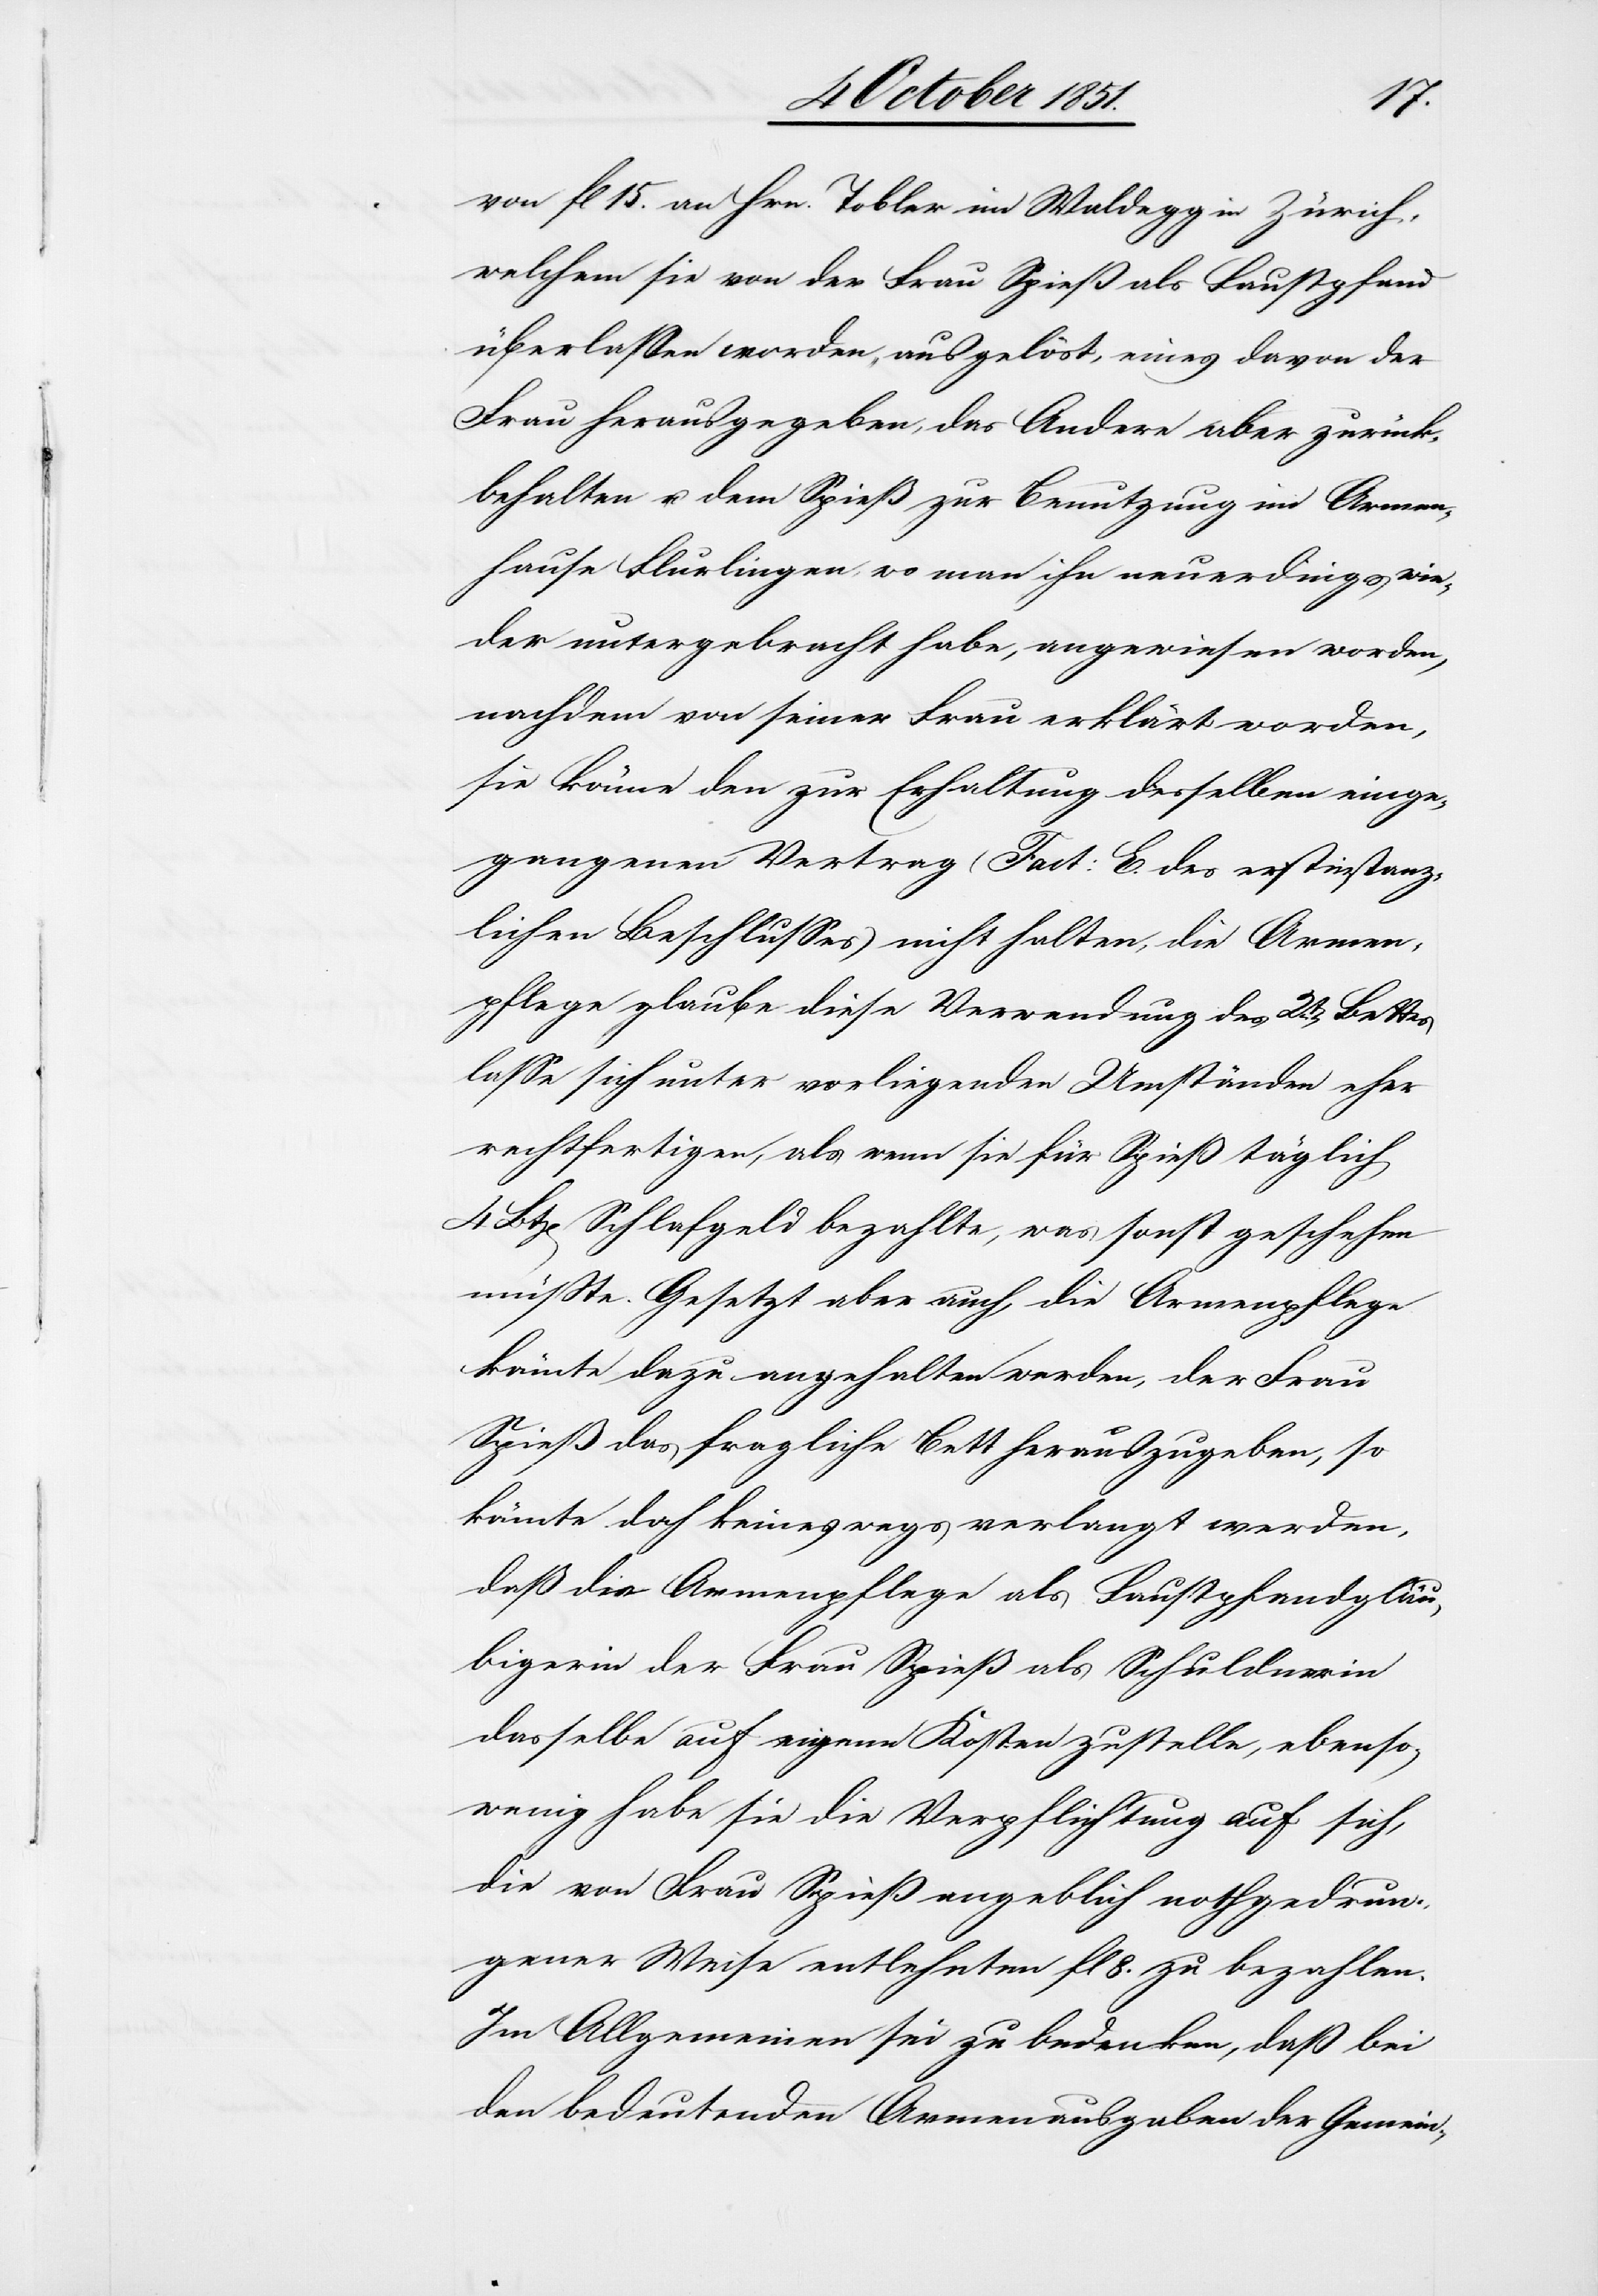
von fl 15. an Hrn. Tobler im Waldegg in Zürich,
welchem sie von der Frau Spieß als Faustpfand
überlassen worden, ausgelöst, eines davon der
Frau herausgegeben, das Andere aber zurück¬
behalten u. dem Spieß zur Benutzung im Armen¬
hause Flurlingen, wo man ihn neuerdings wie¬
der untergebracht habe, angewiesen worden,
nachdem von seiner Frau erklärt worden,
sie könne den zur Erhaltung desselben einge¬
gangenen Vertrag (Fact: E. des erstinstanz¬
lichen Beschlusses) nicht halten, die Armen¬
pflege glaube diese Verwendung des 2t[en] Bettes
lasse sich unter vorliegenden Umständen eher
rechtfertigen, als wenn sie für Spieß täglich
Btz[en]. Schlafgeld bezahlte, was sonst geschehen
müßte. Gesetzt aber auch, die Armenpflege
könnte dazu angehalten werden, der Frau
Spieß das fragliche Bett herauszugeben, so
könnte doch keineswegs verlangt werden,
daß die Armenpflege als Faustpfandgläu¬
bigerin der Frau Spieß als Schuldnerin
dasselbe auf eigene Kosten zustelle, ebenso¬
wenig habe sie die Verpflichtung auf sich,
die von Frau Spieß angeblich nothgedrun¬
gener Weise entlehnten fl 8. zu bezahlen.
Im Allgemeinen sei zu bedenken, daß bei
den bedeutenden Armenausgaben der Gemein-